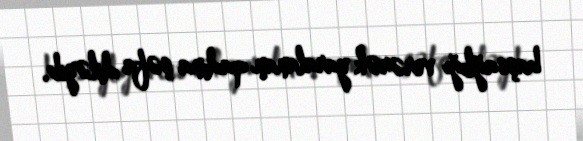
başsağlığı verərək yaralanan qadına şəfa diləyib.